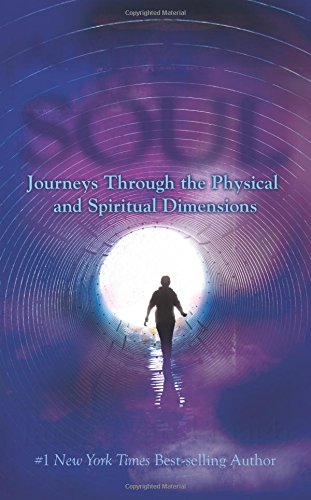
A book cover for Adventures of the Soul: Journeys Through the Physical and Spiritual Dimensions; James Van Praagh; Religion & Spirituality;